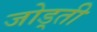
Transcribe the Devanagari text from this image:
जोड़्ती